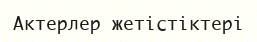
Актерлер жетістіктері